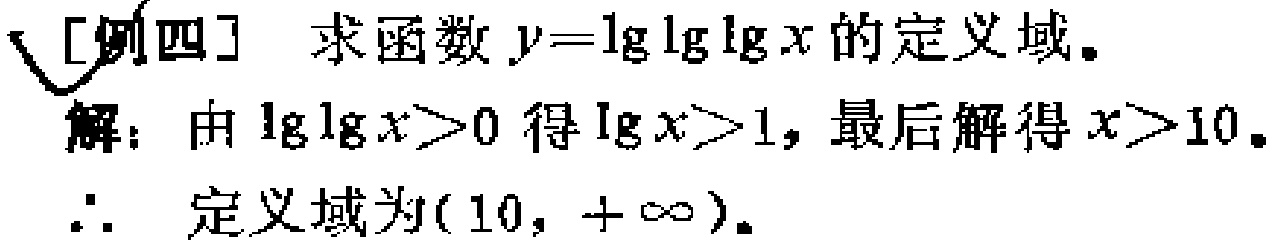
[例四] 求函数 \(y = \lg\lg\lg x\) 的定义域。

解：由 \(\lg\lg x>0\) 得 \(\lg x>1\)，最后解得 \(x>10\)。

\(\therefore\) 定义域为 \((10, +\infty)\)。